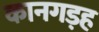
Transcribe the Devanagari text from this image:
कानगड़ह